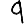
Digit: 9